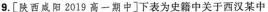
9.[陕西咸阳2019高一期中]下表为史籍中关于西汉某中